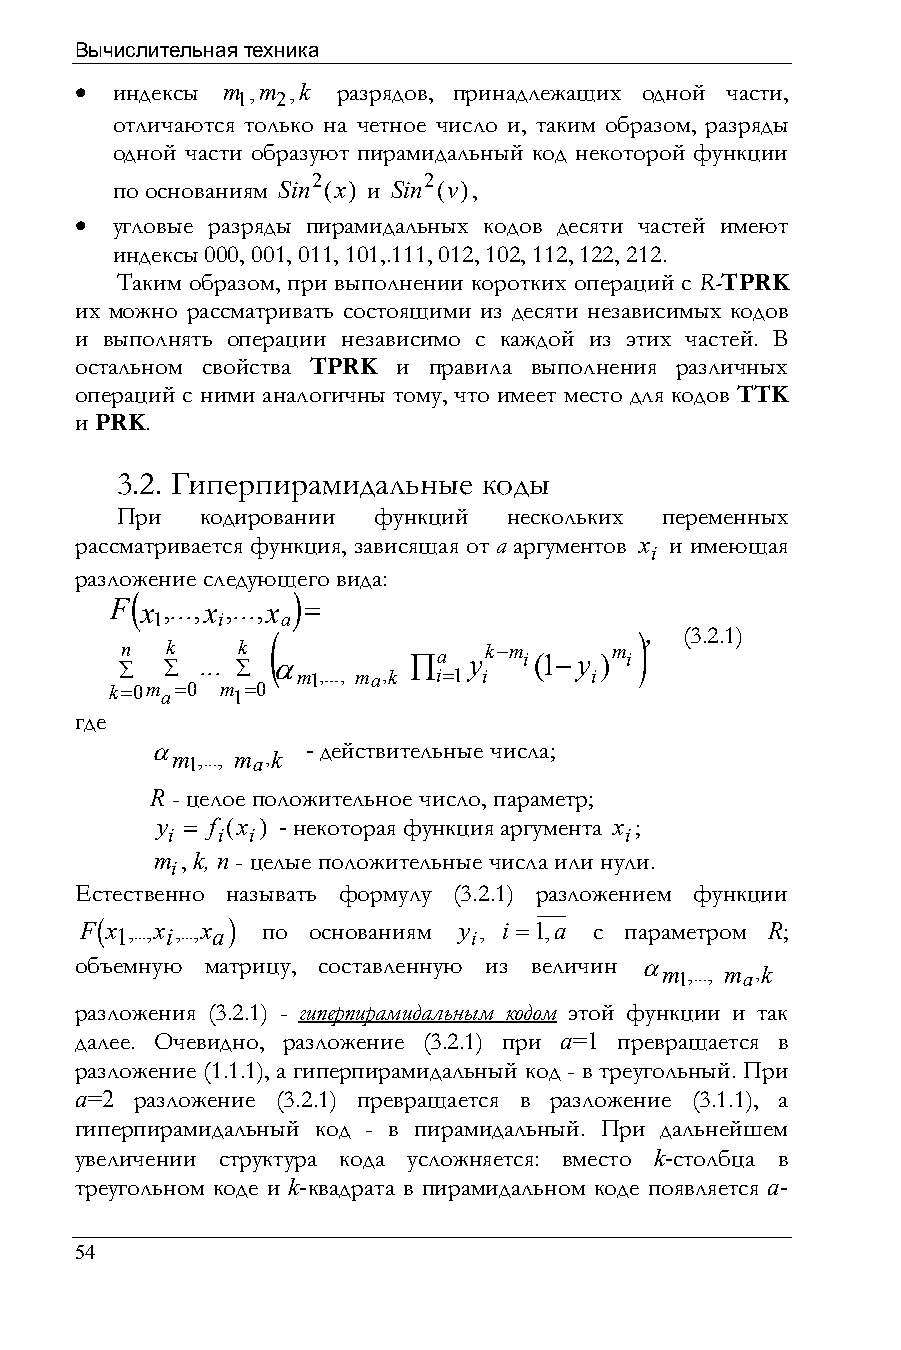
Вычислительная техника
 • индексы m ,m ,k разрядов, принадлежащих одной части,
 1 2
 отличаются только на четное число и, таким образом, разряды
 одной части образуют пирамидальный код некоторой функции
 2      2
 по основаниям Sin (x) и Sin (v),
 • угловые разряды пирамидальных кодов десяти частей имеют
 индексы 000, 001, 011, 101,.111, 012, 102, 112, 122, 212.
 Таким образом, при выполнении коротких операций с R-TPRK
 их можно рассматривать состоящими из десяти независимых кодов
 и выполнять операции независимо с каждой из этих частей. В
 остальном свойства TPRK и правила выполнения различных
 операций с ними аналогичны тому, что имеет место для кодов TTK
 и PRK.
 3.2. Гиперпирамидальные коды
 При  кодировании функций нескольких переменных
 рассматривается функция, зависящая от a аргументов x и имеющая
 i
 разложение следующего вида:
 (         )
 F x ,...,x ,...,x =
 1   i    a
 (                       ), (3.2.1)
 ∑n ∑k ... ∑k α
 m1,..., ma,k
 ∏ ia =1y ik−m i(1−y i)m i
 k=0m a=0 m 1=0
 где
 α m ,..., m ,k - действительные числа;
 1    a
 R - целое положительное число, параметр;
 y = f (x ) - некоторая функция аргумента x ;
 i  i i                        i
 m , k, n - целые положительные числа или нули.
 i
 Естественно называть формулу (3.2.1) разложением функции
 F(x1,...,xi,...,xa) по основаниям y i, i =1,a с параметром R;
 объемную матрицу, составленную из величин α m ,..., m ,k
 1   a
 разложения (3.2.1) - гиперпирамидальным кодом этой функции и так
 далее. Очевидно, разложение (3.2.1) при a=1 превращается в
 разложение (1.1.1), а гиперпирамидальный код - в треугольный. При
 a=2 разложение (3.2.1) превращается в разложение (3.1.1), а
 гиперпирамидальный код - в пирамидальный. При дальнейшем
 увеличении структура кода усложняется: вместо k-столбца в
 треугольном коде и k-квадрата в пирамидальном коде появляется a-
 54